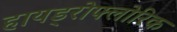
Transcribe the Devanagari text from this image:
हायड्रोफ्लोरिक